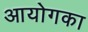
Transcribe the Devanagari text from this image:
आयोगका